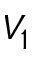
V _ { 1 }